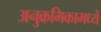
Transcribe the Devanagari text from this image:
अनुक्रमिकामध्ये